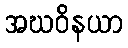
အဃဝိနယာ